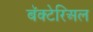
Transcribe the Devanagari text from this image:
बॅक्टेरिअल